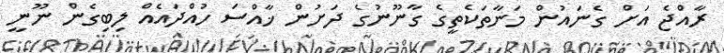
ރާއްޖެ އަށް ގެނައުން މަނާތަކެތީގެ ގާނޫނުގެ ދަށުން ޚާއްސަ ހުއްދައެއް ލިބިގެން ނޫނީ